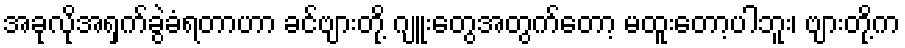
အခုလိုအရှက်ခွဲခံရတာဟာ ခင်ဗျားတို့ ဂျူးတွေအတွက်တော့ မထူးတော့ပါဘူး၊ ဗျားတို့က